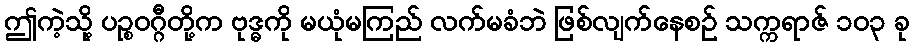
ဤကဲ့သို့ ပဉ္စဝဂ္ဂီတို့က ဗုဒ္ဓကို မယုံမကြည် လက်မခံဘဲ ဖြစ်လျက်နေစဉ် သက္ကရာဇ် ၁၀၃ ခု